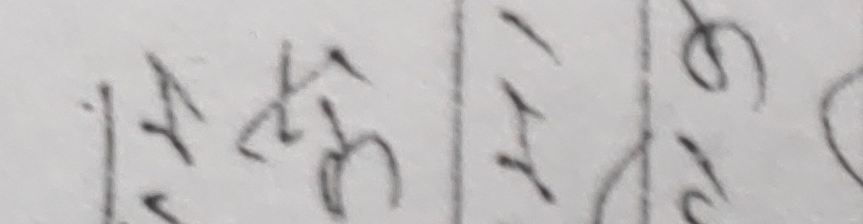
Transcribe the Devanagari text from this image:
१५३१५७७